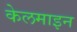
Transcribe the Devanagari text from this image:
केलमाइन